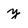
Character: y